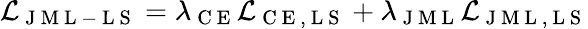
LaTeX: \mathcal{L}_{\mathrm{~J~M~L~-~L~S~}}=\lambda_{\mathrm{~C~E~}}\mathcal{L}_{\mathrm{~C~E~,~L~S~}}+\lambda_{\mathrm{~J~M~L~}}\mathcal{L}_{\mathrm{~J~M~L~,~L~S~}}